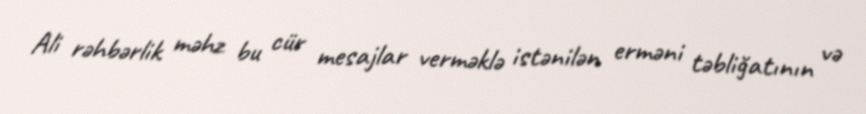
Ali rəhbərlik məhz bu cür mesajlar verməklə istənilən erməni təbliğatının və